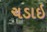
ચડાઇ